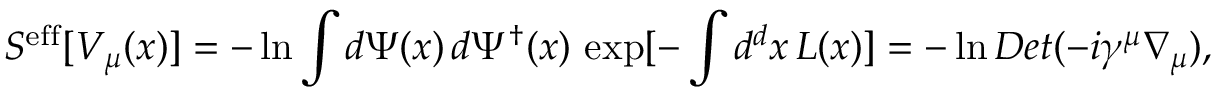
S ^ { \mathrm { e f f } } [ V _ { \mu } ( x ) ] = - \ln \int d \Psi ( x ) \, d \Psi ^ { \dagger } ( x ) \, \exp [ - \int d ^ { d } x \, L ( x ) ] = - \ln D e t ( - i \gamma ^ { \mu } \nabla _ { \mu } ) ,